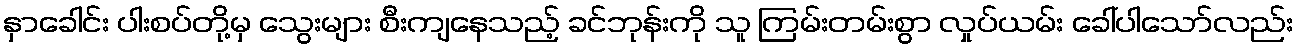
နှာခေါင်း ပါးစပ်တို့မှ သွေးများ စီးကျနေသည့် ခင်ဘုန်းကို သူ ကြမ်းတမ်းစွာ လှုပ်ယမ်း ခေါ်ပါသော်လည်း